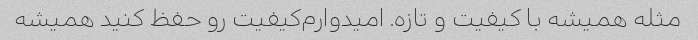
مثله‌ همیشه با کیفیت و تازه. امیدوارم‌کیفیت رو حفظ کنید همیشه